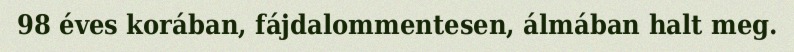
98 éves korában, fájdalommentesen, álmában halt meg.